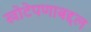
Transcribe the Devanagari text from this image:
खोटेपणाबद्दल